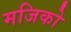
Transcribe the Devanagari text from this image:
मजिको